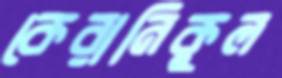
কেরানিকুল